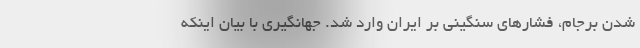
شدن برجام، فشارهای سنگینی بر ایران وارد شد. جهانگیری با بیان اینکه